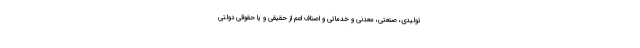
تولیدی، صنعتی، معدنی و خدماتی و اصناف اعم از حقیقی و یا حقوقی دولتی